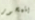
يتمحور